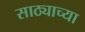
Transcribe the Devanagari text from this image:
साठ्याच्या